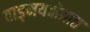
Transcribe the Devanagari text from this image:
वाङ्‌मयक्षेत्रात